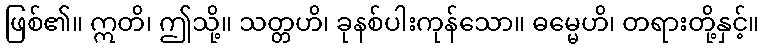
ဖြစ်၏။ ဣတိ၊ ဤသို့။ သတ္တဟိ၊ ခုနစ်ပါးကုန်သော။ ဓမ္မေဟိ၊ တရားတို့နှင့်။